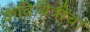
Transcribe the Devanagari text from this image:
कवियित्रीचा